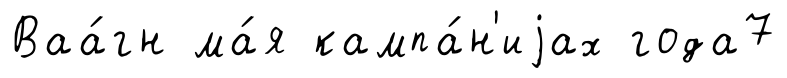
Ваа́гн ма́я кампа́н'иjах года7